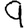
Digit: 9